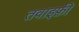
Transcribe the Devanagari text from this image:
तवाइफ़ी